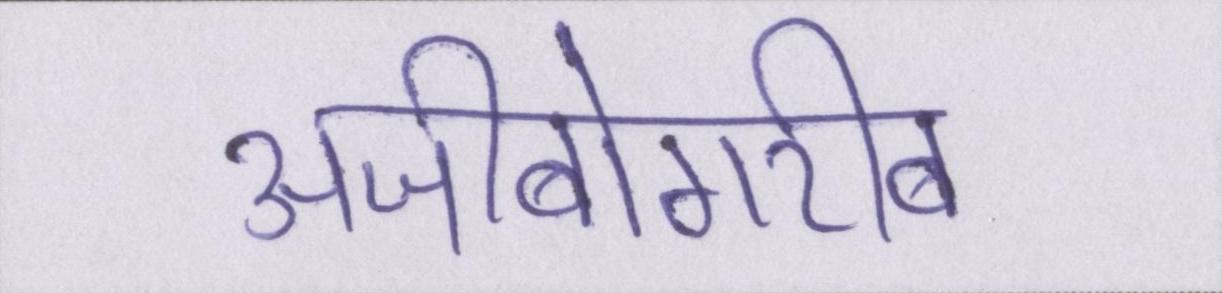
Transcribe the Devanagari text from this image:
अजीबोगरीब